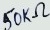
Text: 50KΩ